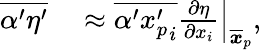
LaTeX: \begin{array}{rl}{\overline{{\alpha^{\prime}\eta^{\prime}}}}&{{}\approx\overline{{\alpha^{\prime}{x_{p}^{\prime}}_{i}}}\left.\frac{\partial\eta}{\partial x_{i}}\right|_{\overline{{\boldsymbol x}}_{p}},}\end{array}